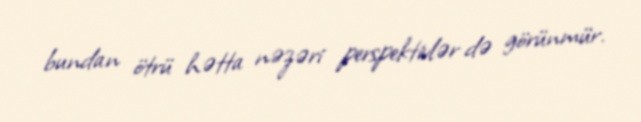
bundan ötrü hətta nəzəri perspektivlər də görünmür.